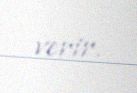
verir.